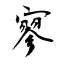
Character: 寥